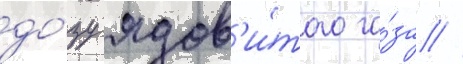
до́зу ядов'и́того га́за //